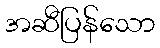
အဆီပြန်သော